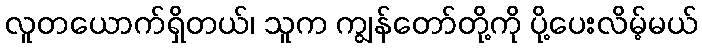
လူတယောက်ရှိတယ်၊ သူက ကျွန်တော်တို့ကို ပို့ပေးလိမ့်မယ်